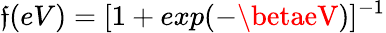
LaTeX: \mathfrak{f}(eV)=[1+exp(-\betaeV)]^{-1}